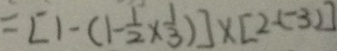
= [ 1 - ( 1 - \frac { 1 } { 2 } \times \frac { 1 } { 3 } ) ] \times [ 2 - ( - 3 ) ]